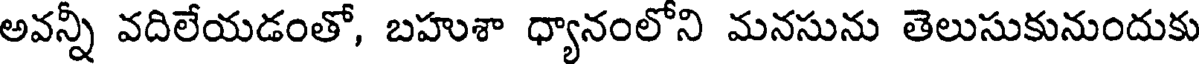
అవన్నీ వదిలేయడంతో, బహుశా ధ్యానంలోని మనసును తెలుసుకునుందుకు